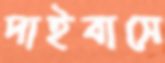
দাইবাসে